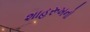
શાહરૂખનો